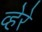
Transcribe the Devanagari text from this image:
व्हेरे